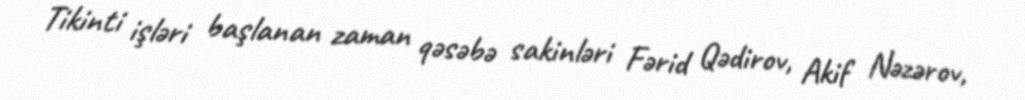
Tikinti işləri başlanan zaman qəsəbə sakinləri Fərid Qədirov, Akif Nəzərov,